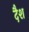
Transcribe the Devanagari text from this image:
दैश